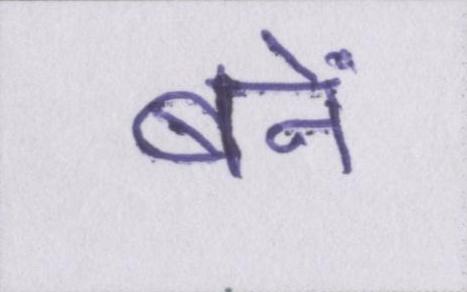
बनें